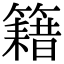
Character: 籍